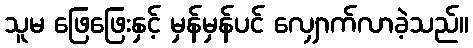
သူမ ဖြေဖြေးနှင့် မှန်မှန်ပင် လျှောက်လာခဲ့သည်။